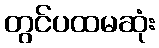
တွင်ပထမဆုံး